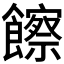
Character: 𩟔